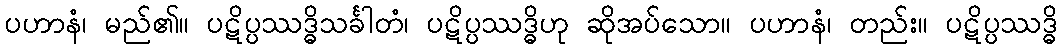
ပဟာနံ၊ မည်၏။ ပဋိပ္ပဿဒ္ဓိသင်္ခါတံ၊ ပဋိပ္ပဿဒ္ဓိဟု ဆိုအပ်သော။ ပဟာနံ၊ တည်း။ ပဋိပ္ပဿဒ္ဓိ